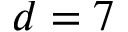
d = 7